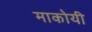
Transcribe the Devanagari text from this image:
माकोयी